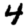
Digit: 4